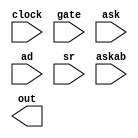
/*
   Envelope Generator.
         
   Copyright (C) 2019 Nicola Cimmino

   This program is free software: you can redistribute it and/or modify
    it under the terms of the GNU General Public License as published by
    the Free Software Foundation, either version 3 of the License, or
    (at your option) any later version.

   This program is distributed in the hope that it will be useful,
    but WITHOUT ANY WARRANTY; without even the implied warranty of
    MERCHANTABILITY or FITNESS FOR A PARTICULAR PURPOSE.  See the
    GNU General Public License for more details.

   You should have received a copy of the GNU General Public License
    along with this program.  If not, see http://www.gnu.org/licenses/.

 */
module EG #(parameter CLOCK_FREQ = 2080000) (
  input clock,	
  input gate,
  input ask,  
  input [7:0] ad,  
  input [7:0] sr,  
  input [7:0] askab,  
  output [3:0] out
);
	reg [7:0] adLut[0:31];
    reg [7:0] rLut[0:31];
	
    `define clockCyclesForDelay(delaymS) $rtoi((1000 * delaymS) / CLOCK_FREQ)
  
	initial begin
		adLut[0] = `clockCyclesForDelay(2);
		adLut[1] = `clockCyclesForDelay(8);
		adLut[2] = `clockCyclesForDelay(16);
		adLut[3] = `clockCyclesForDelay(24);
		adLut[4] = `clockCyclesForDelay(38);
		adLut[5] = `clockCyclesForDelay(56);
		adLut[6] = `clockCyclesForDelay(68);
		adLut[7] = `clockCyclesForDelay(80);
		adLut[8] = `clockCyclesForDelay(100);
		adLut[9] = `clockCyclesForDelay(250);
		adLut[10] = `clockCyclesForDelay(500);
		adLut[11] = `clockCyclesForDelay(800);
		adLut[12] = `clockCyclesForDelay(1000);
		adLut[13] = `clockCyclesForDelay(3000);
		adLut[14] = `clockCyclesForDelay(5000);
		adLut[15] = `clockCyclesForDelay(8000);	
	end

	initial begin
		rLut[0] = `clockCyclesForDelay(6);
		rLut[1] = `clockCyclesForDelay(24);
		rLut[2] = `clockCyclesForDelay(48);
		rLut[3] = `clockCyclesForDelay(72);
		rLut[4] = `clockCyclesForDelay(114);
		rLut[5] = `clockCyclesForDelay(168);
		rLut[6] = `clockCyclesForDelay(204);
		rLut[7] = `clockCyclesForDelay(240);
		rLut[8] = `clockCyclesForDelay(300);
		rLut[9] = `clockCyclesForDelay(750);
		rLut[10] = `clockCyclesForDelay(1500);
		rLut[11] = `clockCyclesForDelay(2400);
		rLut[12] = `clockCyclesForDelay(3000);
		rLut[13] = `clockCyclesForDelay(9000);
		rLut[14] = `clockCyclesForDelay(15000);
		rLut[15] = `clockCyclesForDelay(24000);
	end
				
endmodule